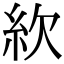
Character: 䊻